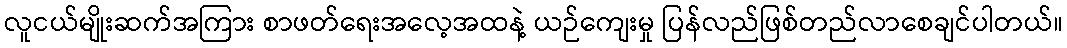
လူငယ်မျိုးဆက်အကြား စာဖတ်ရေးအလေ့အထနဲ့ ယဉ်ကျေးမှု ပြန်လည်ဖြစ်တည်လာစေချင်ပါတယ်။